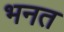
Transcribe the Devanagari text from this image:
भनत